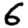
Digit: 6